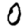
Digit: 0